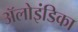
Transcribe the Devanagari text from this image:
ॲलोइंडिका